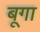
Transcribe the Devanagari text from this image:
बूगा